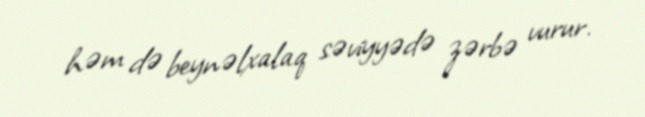
həm də beynəlxalaq səviyyədə zərbə vurur.